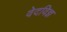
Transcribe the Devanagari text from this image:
वेदविज्ञ